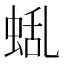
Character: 𮔑